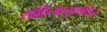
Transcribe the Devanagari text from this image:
साहित्यानुमानित